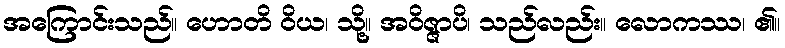
အကြောင်းသည်။ ဟောတိ ဝိယ၊ သို့။ အဝိဇ္ဇာပိ၊ သည်လည်း။ လောကဿ၊ ၏။